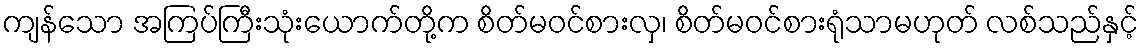
ကျန်သော အကြပ်ကြီးသုံးယောက်တို့က စိတ်မဝင်စားလှ၊ စိတ်မဝင်စားရုံသာမဟုတ် လစ်သည်နှင့်